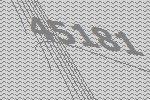
45181